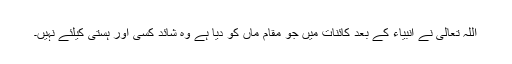
اللّہ تعالیٰ نے انبیاء کے بعد کائنات میں جو مقام ماں کو دیا ہے وہ شائد کسی اور ہستی کیلئے نہیں۔